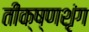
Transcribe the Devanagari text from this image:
तीक्ष्णशृंग